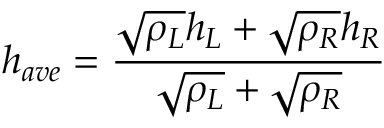
h _ { a v e } = \frac { \sqrt { \rho _ { L } } h _ { L } + \sqrt { \rho _ { R } } h _ { R } } { \sqrt { \rho _ { L } } + \sqrt { \rho _ { R } } }